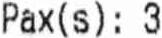
PAX(S) : 3